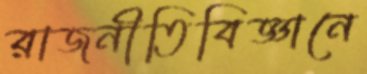
রাজনীতিবিজ্ঞানে